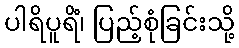
ပါရိပူရိံ၊ ပြည့်စုံခြင်းသို့